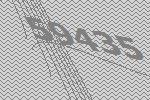
59435